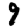
Digit: 9